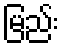
မြည်း